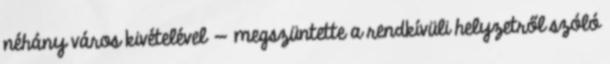
néhány város kivételével — megszüntette a rendkívüli helyzetről szóló